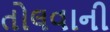
તોલવાની